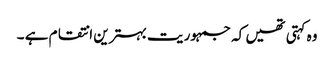
وہ کہتی تھیں کہ جمہوریت بہترین انتقام ہے ۔